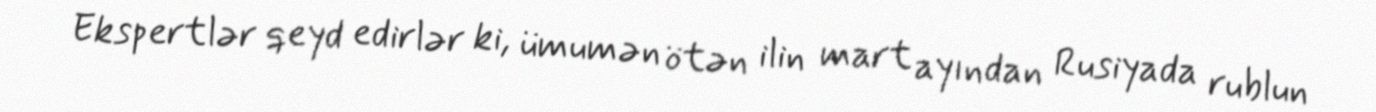
Ekspertlər qeyd edirlər ki, ümumən ötən ilin mart ayından Rusiyada rublun